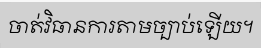
ចាត់វិធានការតាមច្បាប់ឡើយ។